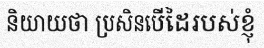
និយាយថា ប្រសិនបើដៃរបស់ខ្ញុំ